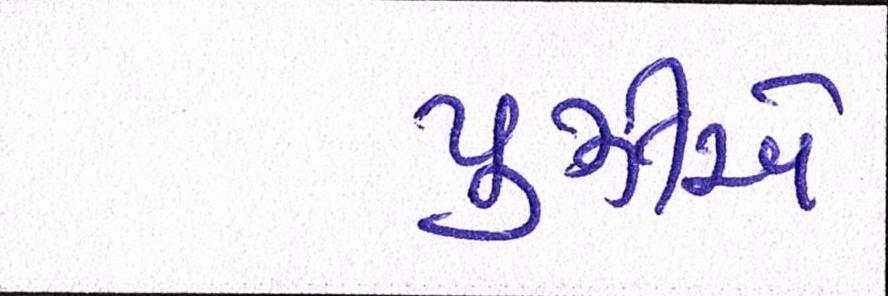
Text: પુઝોએ